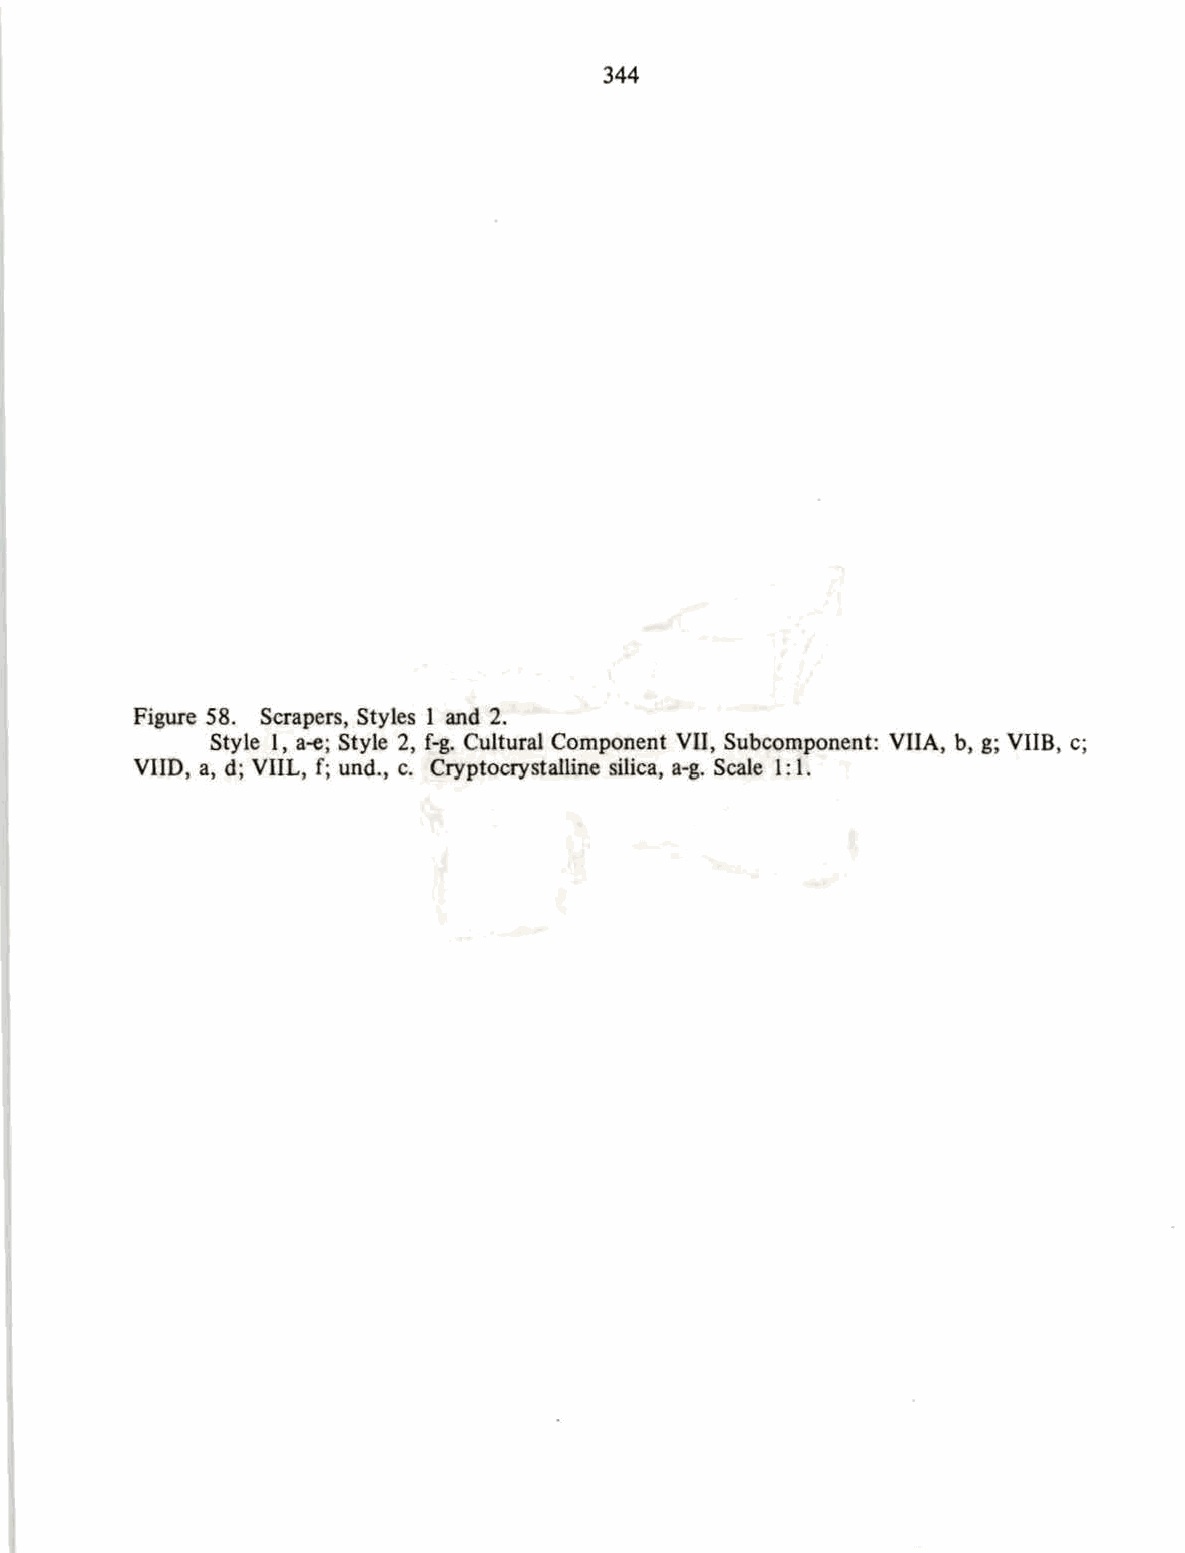
344
 Figure 58. Scrapers, Styles 1 and 2.
 Style I, a-e; Style 2, f-g. Cultural Component VII, Subcomponent: VIlA, b, g; VIIS, c;
 VIID, a, d; VIIL, f; und., c. Cryptocrystalline silica, a-g. Scale 1:1.